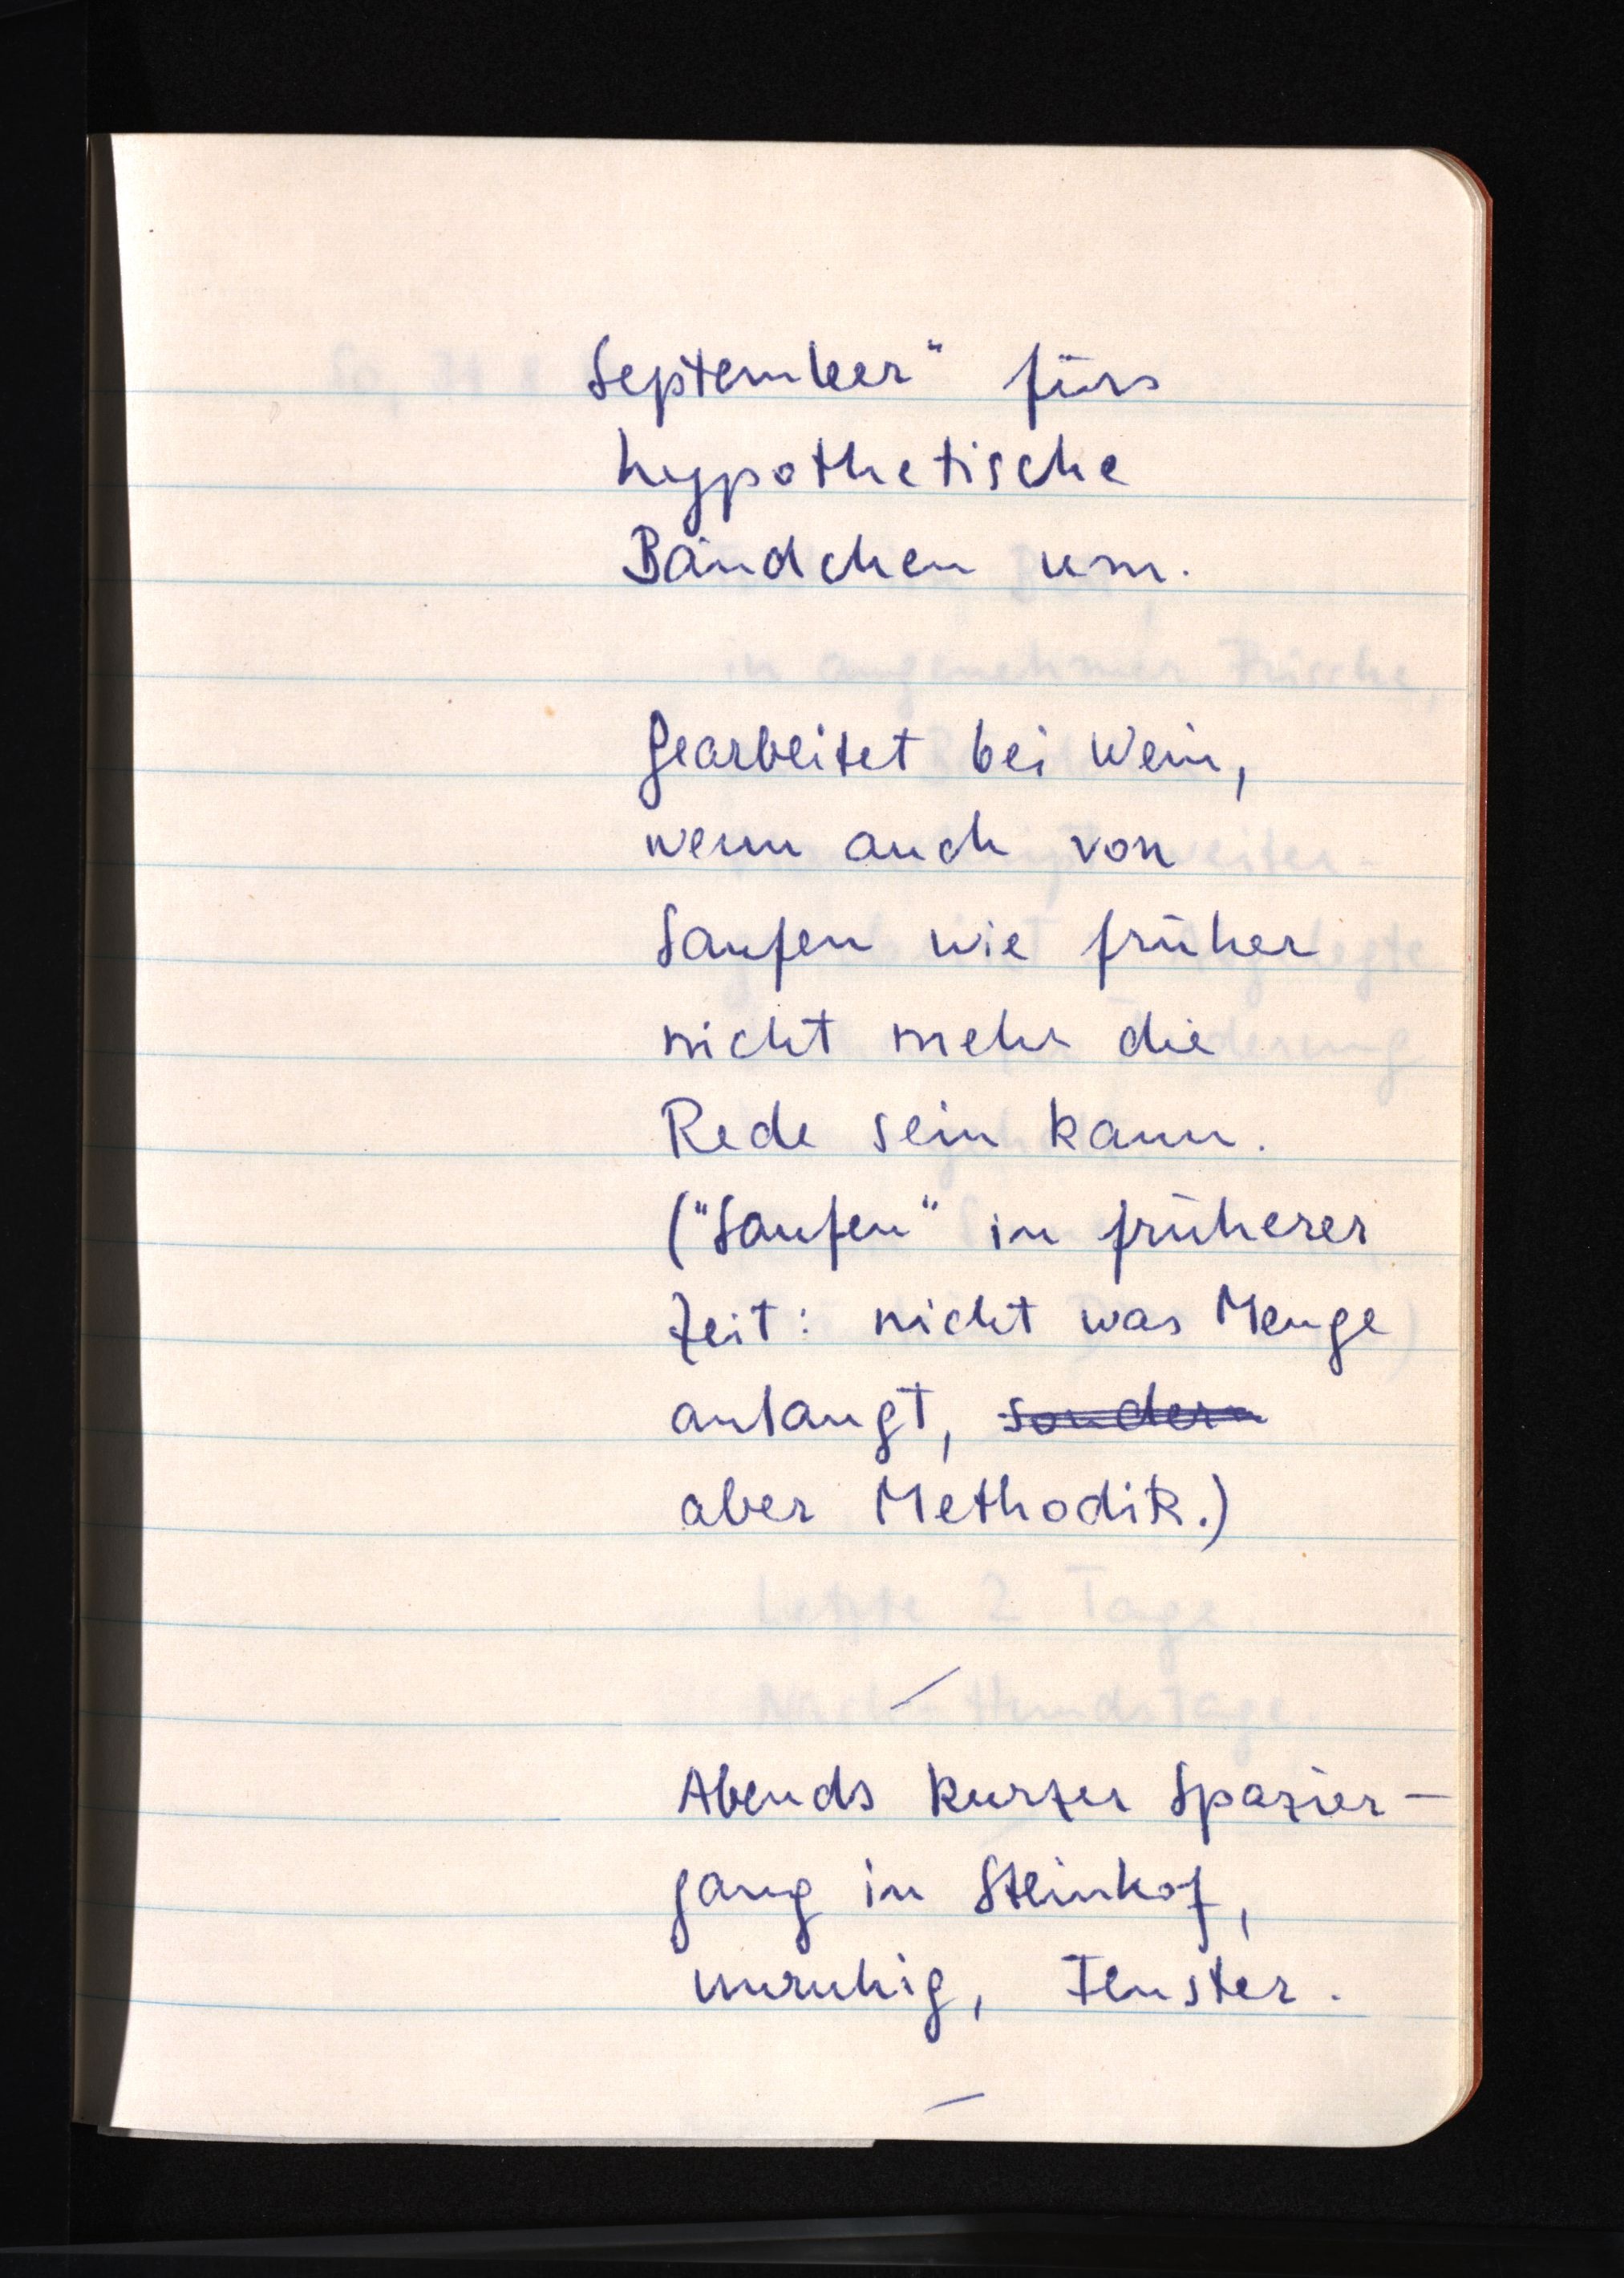
September" fürs
hypothetische
Bändchen um.
Gearbeitet bei Wein,
wenn auch von
Saufen wie früher
nicht mehr die
Rede sein kann.
("Saufen" in früherer
Zeit: nicht was Menge
anlangt, sondern
aber Methodik.)
Abends kurzer Spazier¬
gang in Steinhof,
unruhig, Fenster.